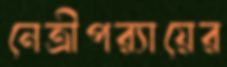
নেত্রীপর্যায়ের